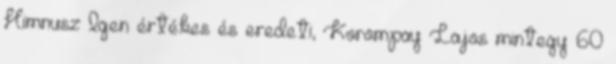
Himnusz Igen értékes és eredeti, Korompay Lajos mintegy 60